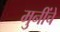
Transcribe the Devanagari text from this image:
मुनींचे